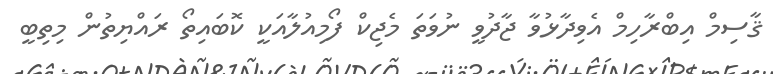
ޤާސިމް އިބްރާހިމް އެވިދާޅުވާ ޖާދުވީ ނުވަތަ މެޖިކް ފޯމިއުލާއަކީ ކޮބައިތޯ ރައްޔިތުން މިތިބީ